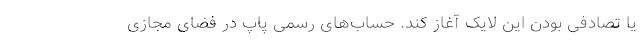
یا تصادفی بودن این لایک آغاز کند. حساب‌های رسمی پاپ در فضای مجازی